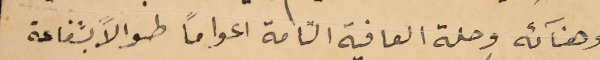
وهنآئه وحلة العافية التامة اعوامًا طوالاً بشفاعة